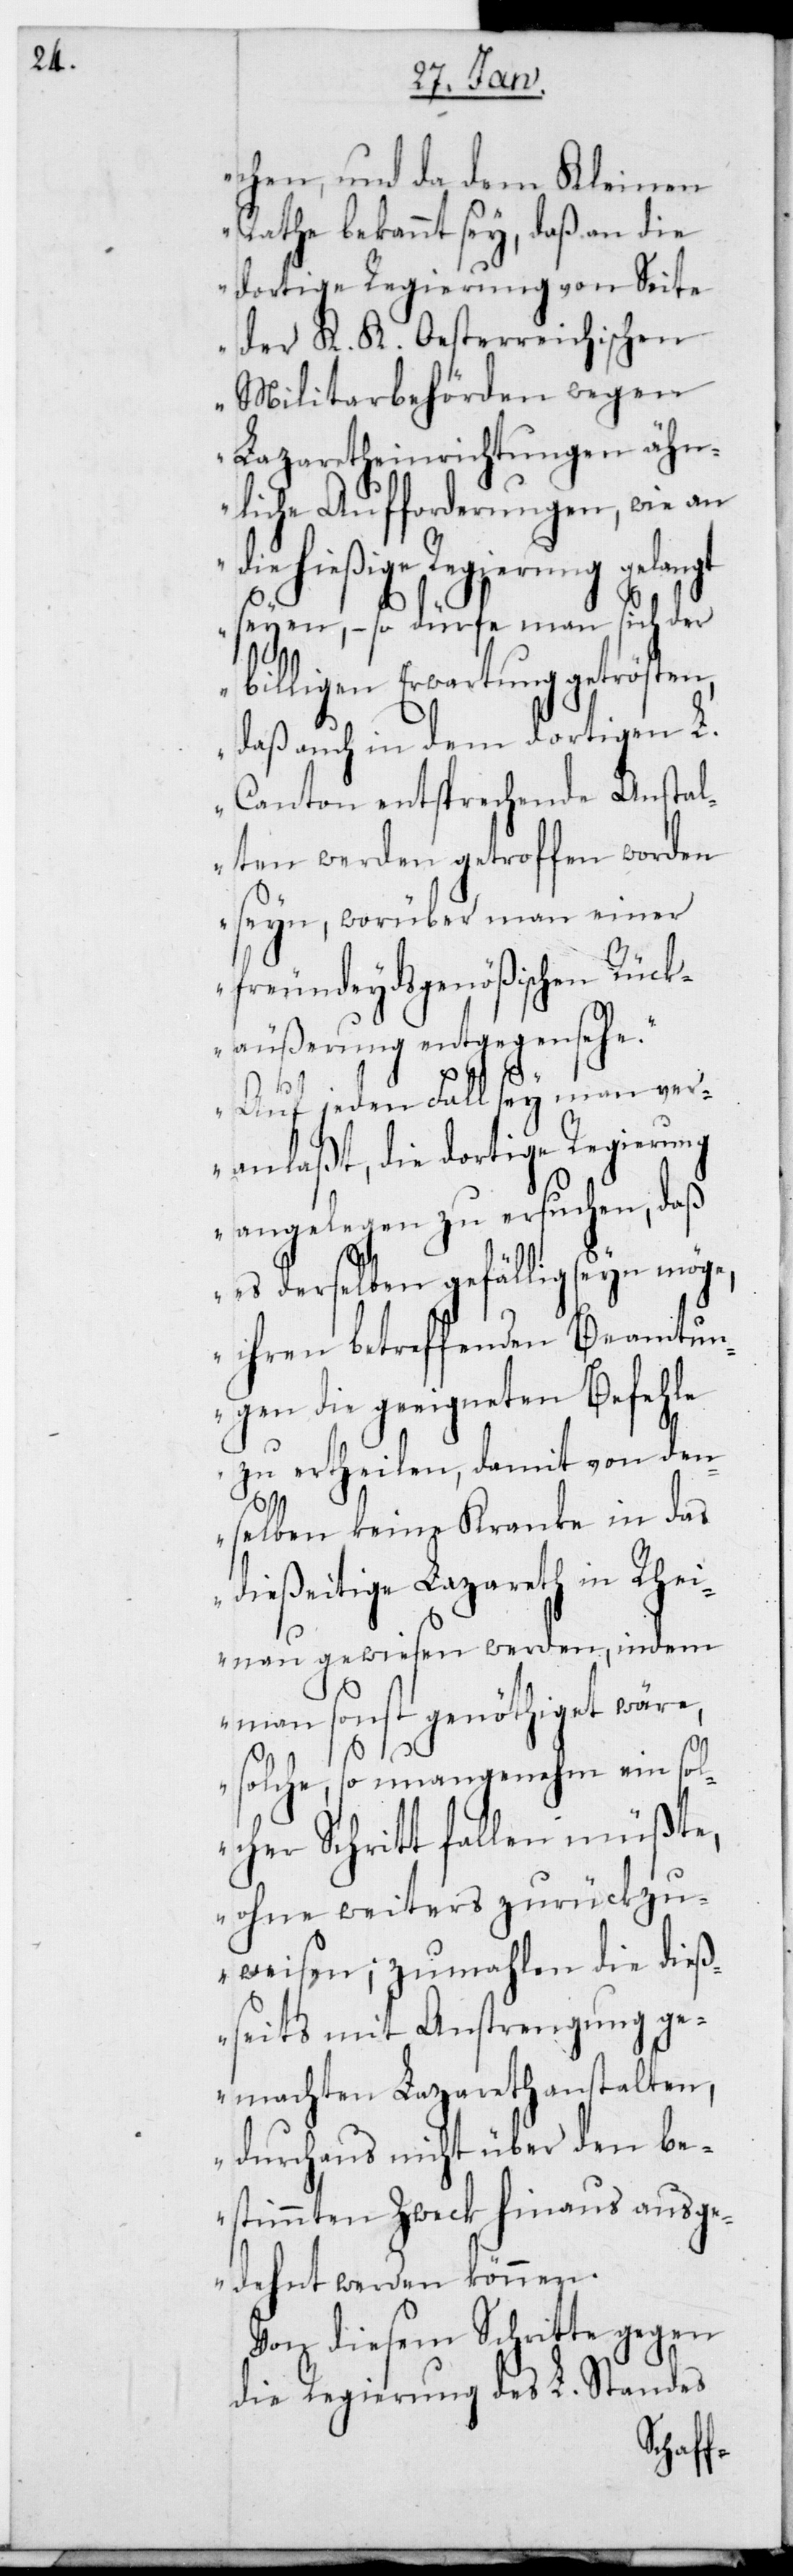
chen, und da dem Kleinen
Rathe bekannt sey, daß an die
dortige Regierung von Seit¬
e der K. K. Oesterreichischen
Militarbehörden wegen
Lazaretheinrichtungen ähn¬
liche Aufforderungen, wie an
ie hießige Regierung gelangt
seyen, – so dürfe man sich der
billigen Erwartung getrösten,
daß auch in dem dortigen L.
Canton entsprechende Anstal¬
ten werden getroffen worden
seyn, worüber man einer
freundeydsgenößischen Rück¬
äußerung entgegensehe.
Auf jeden Fall sey man ver¬
fehle
anlaßt, die dortige Reg¬
angelegen zu ersuchen, daß
es derselben gefällig sein
ihren betreffenden Beamtun¬
d¬
gen die geeigneten Be¬
zu ertheilen, damit von den¬
selben keine Kranke in das
dießeitige Lazareth in Rhei¬
nau gewiesen werden, indem
man sonst genöthiget wäre,
solche, so unangenehm ein sol¬
cher Schritt fallen müßte,
ohne weiters zurückzu¬
weisen; zumahlen die dieß¬
eits mit Anstrengung ge¬
machten Lazarethanstalten,
durchaus nicht über den be¬
stimmten Zweck hinaus ausge¬
dehnt werden können.
Von diesem Schritte gegen
die Regierung des L. Standes